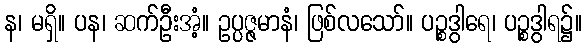
န၊ မရှိ။ ပန၊ ဆက်ဦးအံ့။ ဥပ္ပဇ္ဇမာနံ၊ ဖြစ်လသော်။ ပဉ္စဒွါရေ၊ ပဉ္စဒွါရ၌။